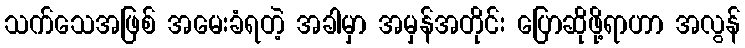
သက်သေအဖြစ် အမေးခံရတဲ့ အခါမှာ အမှန်အတိုင်း ပြောဆိုဖို့ရာဟာ အလွန်